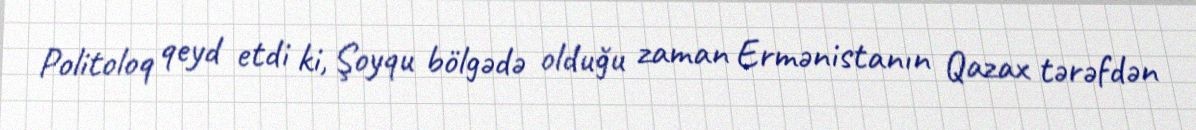
Politoloq qeyd etdi ki, Şoyqu bölgədə olduğu zaman Ermənistanın Qazax tərəfdən